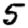
Digit: 5